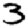
Digit: 3